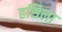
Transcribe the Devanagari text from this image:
हसिला